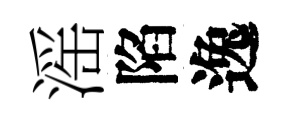
滛陷逸